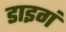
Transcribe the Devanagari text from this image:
डाइगं